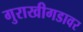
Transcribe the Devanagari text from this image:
गुराखीगडावर